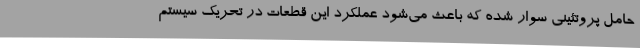
حامل پروتئینی سوار شده که باعث می‌شود عملکرد این قطعات در تحریک سیستم